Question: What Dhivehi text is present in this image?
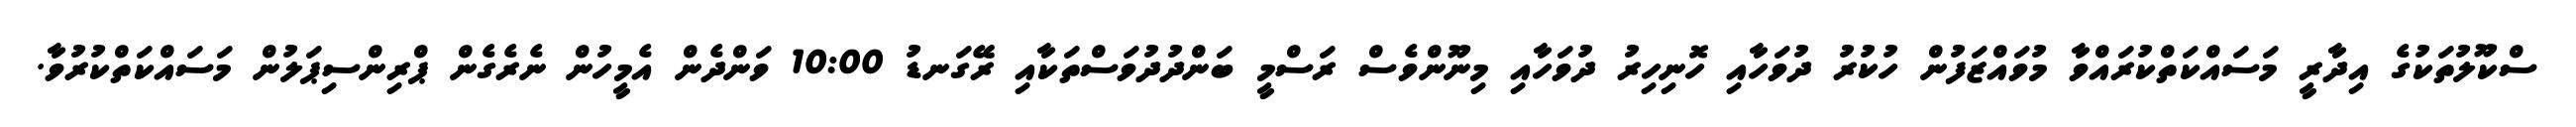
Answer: ސްކޫލުތަކުގެ އިދާރީ މަސައްކަތްކުރައްވާ މުވައްޒަފުން ހުކުރު ދުވަހާއި ހޮނިހިރު ދުވަހާއި މިނޫންވެސް ރަސްމީ ބަންދުދުވަސްތަކާއި ރޭގަނޑު 10:00 ވަންދެން އެމީހުން ނެރެގެން ޕްރިންސިޕަލުން މަސައްކަތްކުރުވާ.